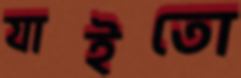
যাইতো